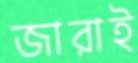
জারাই